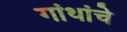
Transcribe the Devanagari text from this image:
गांथांचे